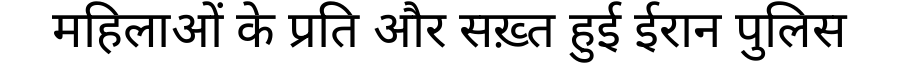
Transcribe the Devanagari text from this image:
महिलाओं के प्रति और सख़्त हुई ईरान पुलिस